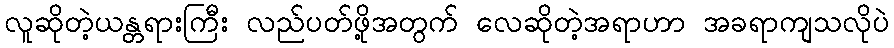
လူဆိုတဲ့ယန္တရားကြီး လည်ပတ်ဖို့အတွက် လေဆိုတဲ့အရာဟာ အခရာကျသလိုပဲ